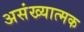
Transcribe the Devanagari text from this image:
असंख्यात्मक